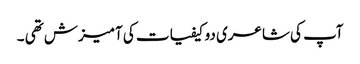
آپ کی شاعری دو کیفیات کی آمیزش تھی ۔